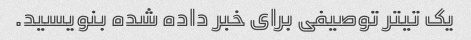
یک تیتر توصیفی برای خبر داده شده بنویسید.